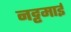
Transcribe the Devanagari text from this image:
नट्टमाई